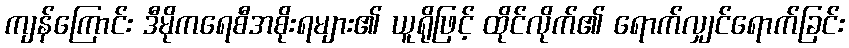
ကျန်ကြောင်း ဒီမိုကရေစီအစိုးရများ၏ ယူရိုဖြင့် ထိုင်လိုက်၏ ရောက်လျှင်ရောက်ခြင်း